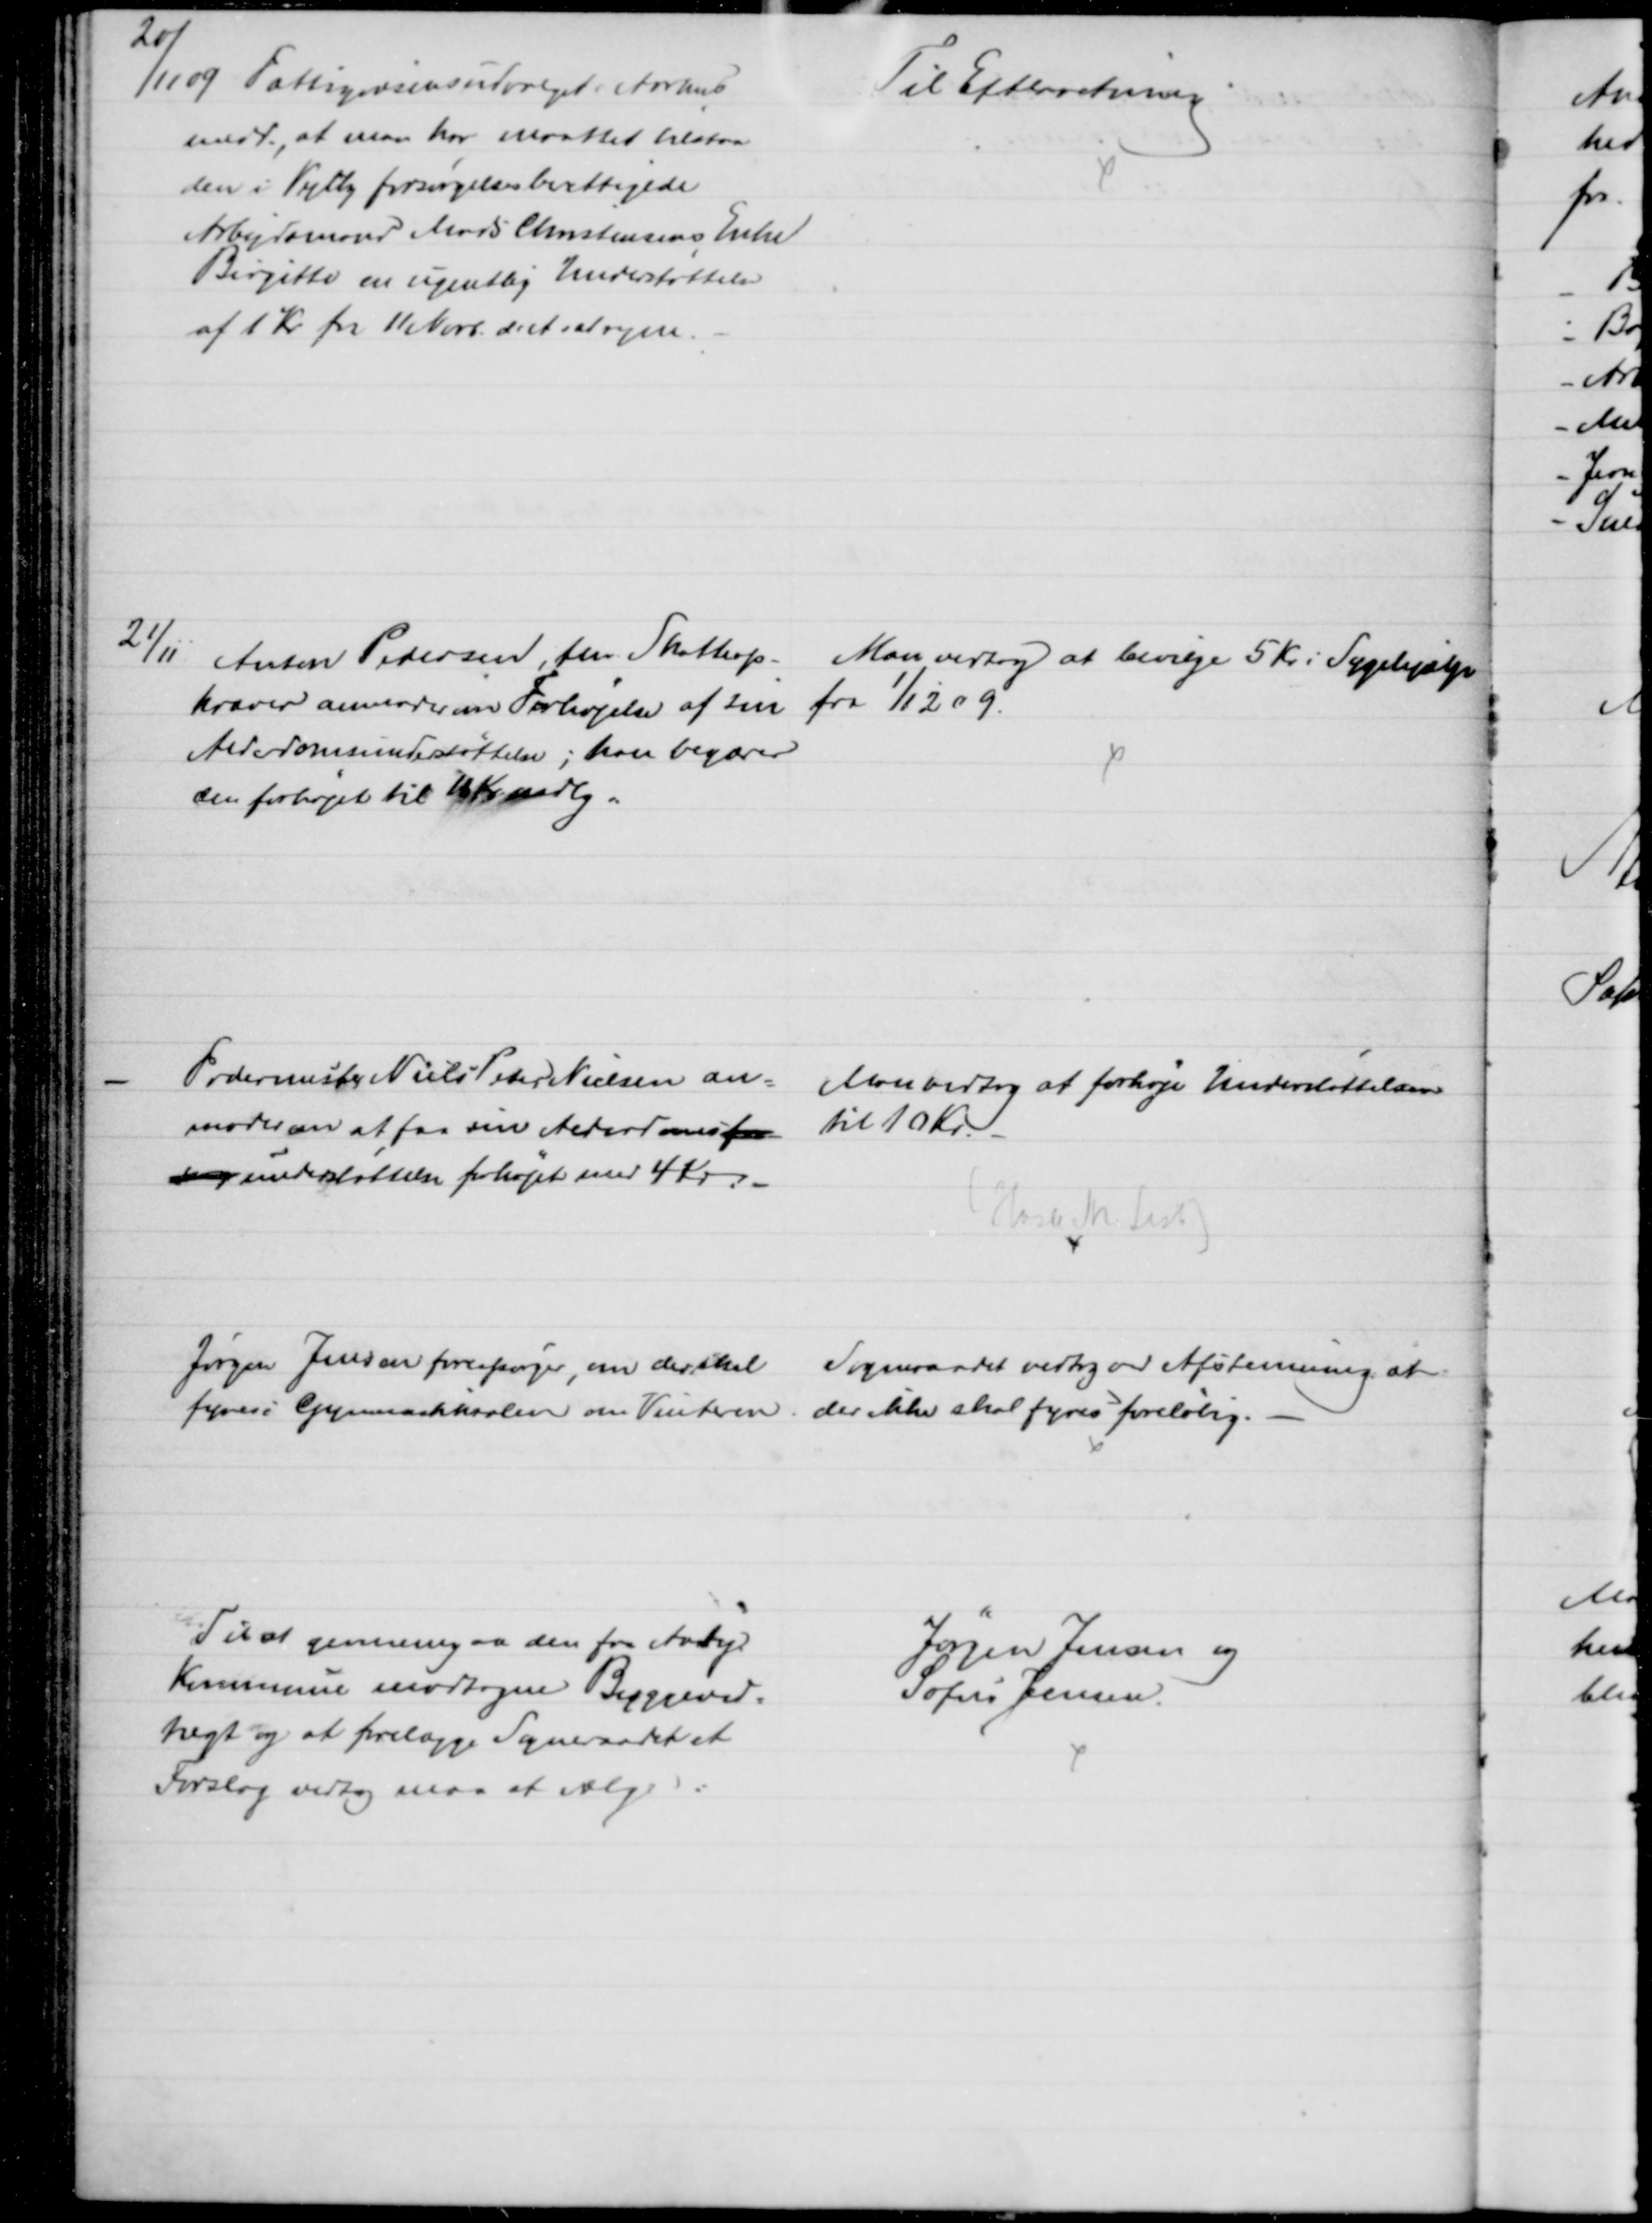
Transskription:
20/11 09 Fattigvæsensudvalget i Aarhus
medd., at man har maattet tilstaa
den i Vejlby forsørgelsesberettigede
Arbejdsmand Mads Christensens Enke
Birgitte en ugentlig Understøttelse
af 1 Kr pr 11 Novb. d. A at regne.
Til Efterretning
21/11
Anton Pedersen, fhv Skatteop-
kræver anmoder om Forhøjelse af sin
Alderdomsunderstøttelse; han begærer
den forhøjet til 16 Kr mdlg.
Man vedtog at bevilge 5 Kr. i Sygehjælp
fra 1/12 09.
Fodermester Niels Peter Nielsen an-
moder om at faa sin Alderdomsfor
sørg understøttelse forhøjet med 4 Kr.
Man vedtog at forhøje Understøttelsen
til 10 Kr.
(Hasle  Lisb)
Jørgen Jensen forespørger, om der skal
fyres i Gymnastiksalen om Vinteren
Sogneraadet vedtog ved Afstemming at
der ikke skal fyres foreløbig.
Til at gennemgaa den fra Aaby
Kommune modtagne Byggeved=
tægt og at forelægge Sogneraadet et
Forslag vedtog man at vælge
Jørgen Jensen og
Sofus Jensen.